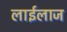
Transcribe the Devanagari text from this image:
लाईलाज